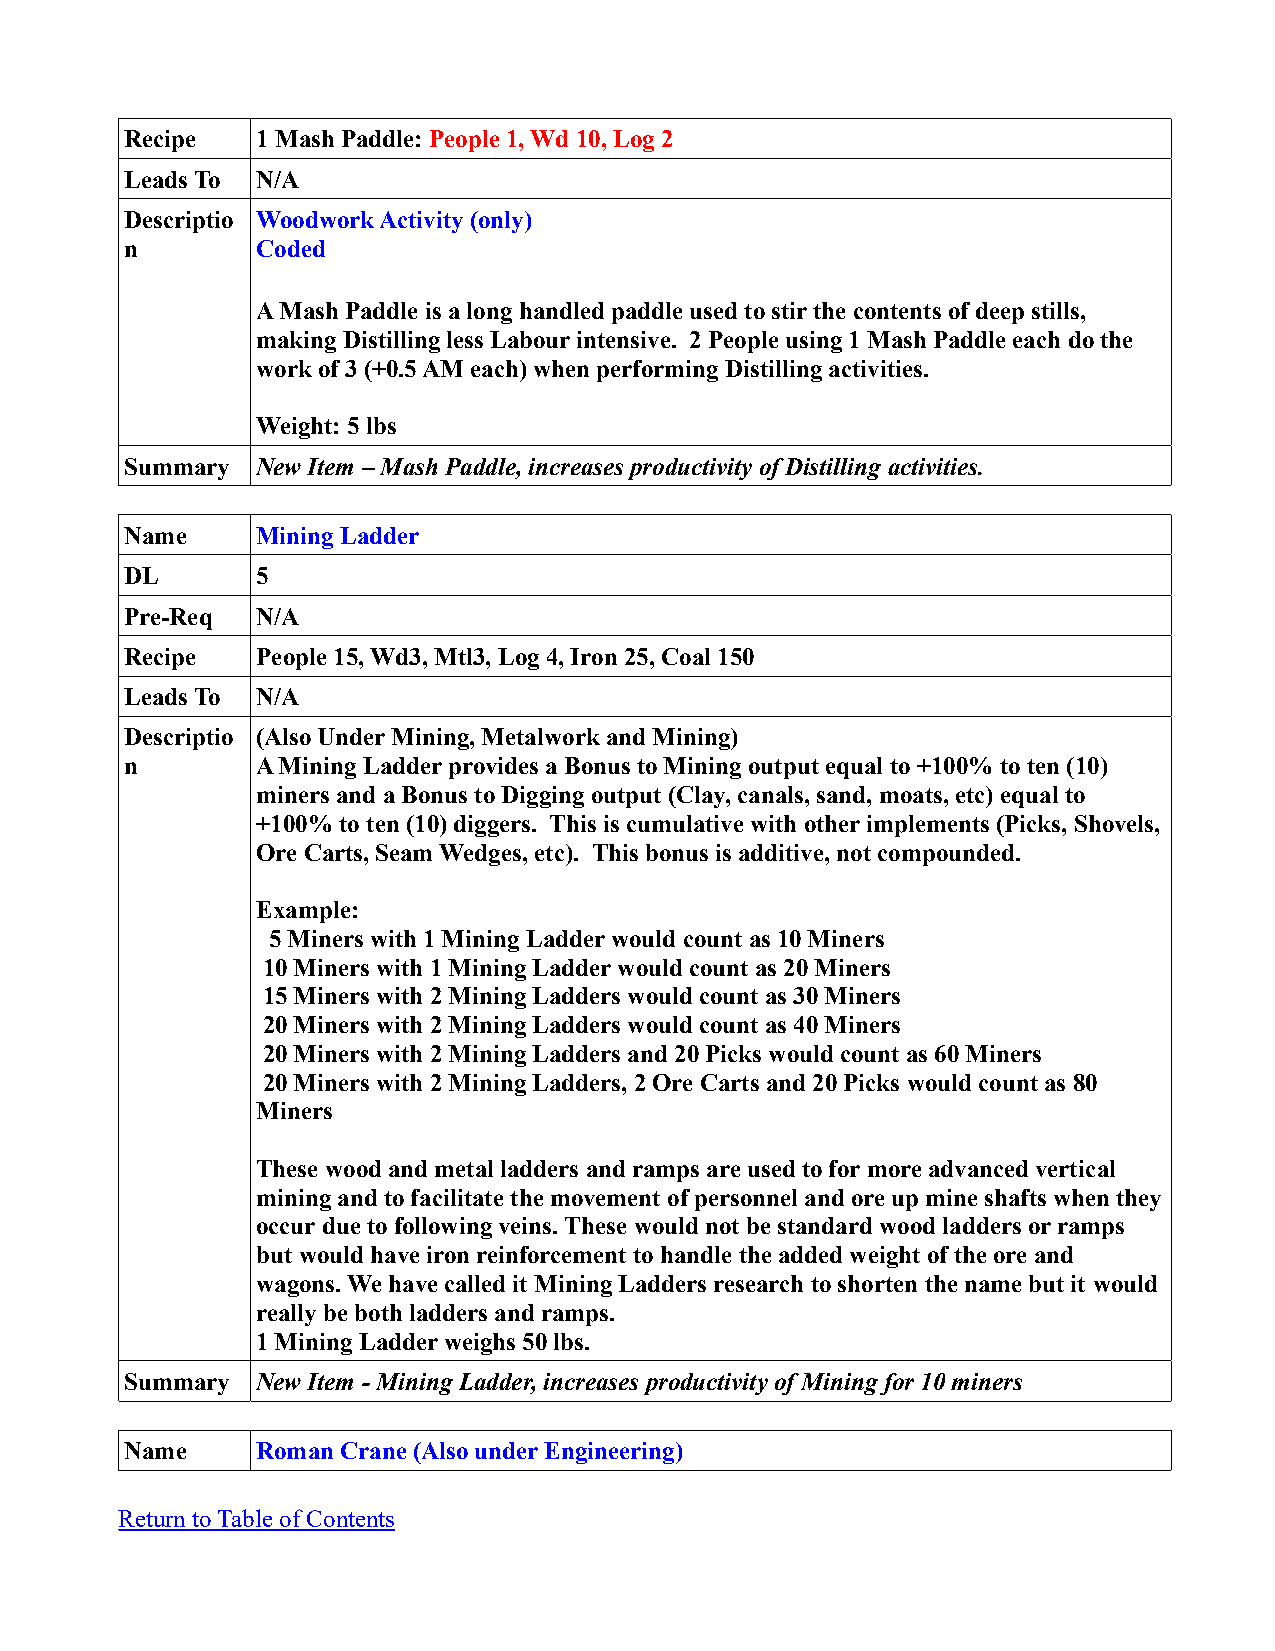
Recipe   1 Mash Paddle: People 1, Wd 10, Log 2
 Leads To N/A
 Descriptio Woodwork Activity (only)
 n        Coded
 A Mash Paddle is a long handled paddle used to stir the contents of deep stills,
 making Distilling less Labour intensive. 2 People using 1 Mash Paddle each do the
 work of 3 (+0.5 AM each) when performing Distilling activities.
 Weight: 5 lbs
 Summary  New Item – Mash Paddle, increases productivity of Distilling activities.
 Name     Mining Ladder
 DL       5
 Pre-Req  N/A
 Recipe   People 15, Wd3, Mtl3, Log 4, Iron 25, Coal 150
 Leads To N/A
 Descriptio (Also Under Mining, Metalwork and Mining)
 n        A Mining Ladder provides a Bonus to Mining output equal to +100% to ten (10)
 miners and a Bonus to Digging output (Clay, canals, sand, moats, etc) equal to
 +100% to ten (10) diggers. This is cumulative with other implements (Picks, Shovels,
 Ore Carts, Seam Wedges, etc). This bonus is additive, not compounded.
 Example:
 5 Miners with 1 Mining Ladder would count as 10 Miners
 10 Miners with 1 Mining Ladder would count as 20 Miners
 15 Miners with 2 Mining Ladders would count as 30 Miners
 20 Miners with 2 Mining Ladders would count as 40 Miners
 20 Miners with 2 Mining Ladders and 20 Picks would count as 60 Miners
 20 Miners with 2 Mining Ladders, 2 Ore Carts and 20 Picks would count as 80
 Miners
 These wood and metal ladders and ramps are used to for more advanced vertical
 mining and to facilitate the movement of personnel and ore up mine shafts when they
 occur due to following veins. These would not be standard wood ladders or ramps
 but would have iron reinforcement to handle the added weight of the ore and
 wagons. We have called it Mining Ladders research to shorten the name but it would
 really be both ladders and ramps.
 1 Mining Ladder weighs 50 lbs.
 Summary  New Item - Mining Ladder, increases productivity of Mining for 10 miners
 Name     Roman Crane (Also under Engineering)
 Return to Table of Contents